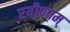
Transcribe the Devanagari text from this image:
रयीणाम्